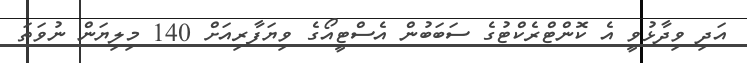
އަދި ވިދާޅުވީ އެ ކޮންޓްރެކްޓުގެ ސަބަބުން އެސްޓީއޯގެ ވިޔަފާރިއަށް 140 މިލިޔަން ނުވަތަ